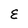
Character: E